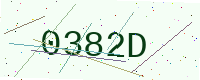
Text: 0382D